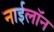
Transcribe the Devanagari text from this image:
नाईलॉन